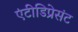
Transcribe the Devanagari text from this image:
एंटीडिप्रेसंट